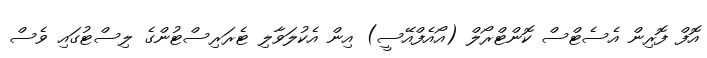
އޮފް ފޮރިން އެސެޓްސް ކޮންޓްރޯލް (އޯއެފްއޭސީ) އިން އެކުލަވާލި ޓެރަރިސްޓުންގެ ލިސްޓުގައި ވެސް